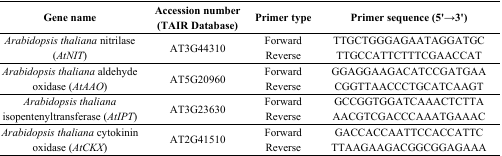
<table><thead><tr><td><b>Gene name</b></td><td><b>Accession number (TAIR Database)</b></td><td><b>Primer type</b></td><td><b>Primer sequence (5′→3′)</b></td></tr></thead><tbody><tr><td rowspan="2"><i>Arabidopsis thaliana</i> nitrilase (<i>AtNIT</i>)</td><td rowspan="2">AT3G44310</td><td>Forward</td><td>TTGCTGGGAGAATAGGATGC</td></tr><tr><td>Reverse</td><td>TTGCCATTCTTTCGAACCAT</td></tr><tr><td rowspan="2"><i>Arabidopsis thaliana</i> aldehyde oxidase (<i>AtAAO</i>)</td><td rowspan="2">AT5G20960</td><td>Forward</td><td>GGAGGAAGACATCCGATGAA</td></tr><tr><td>Reverse</td><td>CGGTTAACCCTGCATCAAGT</td></tr><tr><td rowspan="2"><i>Arabidopsis thaliana</i> isopentenyltransferase (<i>AtIPT</i>)</td><td rowspan="2">AT3G23630</td><td>Forward</td><td>GCCGGTGGATCAAACTCTTA</td></tr><tr><td>Reverse</td><td>AACGTCGACCCAAATGAAAC</td></tr><tr><td rowspan="2"><i>Arabidopsis thaliana</i> cytokinin oxidase (<i>AtCKX</i>)</td><td rowspan="2">AT2G41510</td><td>Forward</td><td>GACCACCAATTCCACCATTC</td></tr><tr><td>Reverse</td><td>TTAAGAAGACGGCGGAGAAA</td></tr></tbody></table>